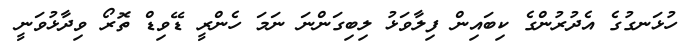
ހުޅަނގުގެ އެދުރުންގެ ކިބައިން ފިލާވަޅު ލިބިގަންނަ ނަމަ ހެންރީ ޑޭވިޑް ތޮރޯ ވިދާޅުވަނީ